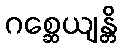
ဂစ္ဆေယျန္တိ